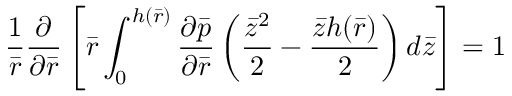
\frac { 1 } { \bar { r } } \frac { \partial } { \partial \bar { r } } \left[ \bar { r } \int _ { 0 } ^ { h ( \bar { r } ) } \frac { { \partial } \bar { p } } { { \partial } \bar { r } } \left( \frac { { \bar { z } } ^ { 2 } } { 2 } - \frac { { \bar { z } h ( \bar { r } ) } } { 2 } \right) d \bar { z } \right] = 1